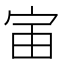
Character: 𫳂